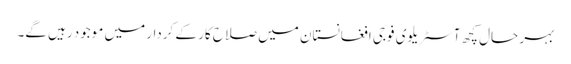
بہر حال کچھ آسٹریلوی فوجی افغانستان میں صلاح کار کے کردار میں موجود رہیں گے۔